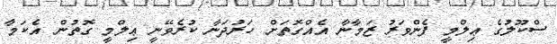
ސްކޫލުގެ ޢިލްމީ ފެންވަރު ޒަމާނާ އެއްގޮތަށް ހަރުދަނާ ކުރެވޭނީ ޢިލްމީ ގޮތުން އެކަމާ